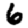
Digit: 6